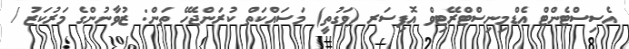
އެސިސްޓެންޓް އެޑްމިނިސްޓްރޭޓިވް އޮފިސަރ (ވަގުތީ) މަސައްކަތް ކުރަންޖެހޭ ތަން: ޒުވާނުންގެ މަރުކަޒު /